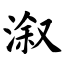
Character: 溆